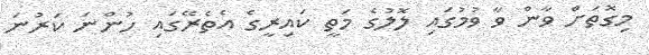
މިގޮތަށް ވާން ވާ ވުމުގައި ލޮލުގެ މަތީ ކައިރީގެ އެތެރޭގައި ހުންނަ ކަރުނަ